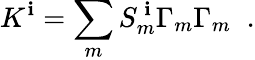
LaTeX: K^{\mathbf{i}}=\sum_{m}S_{m}^{~\mathbf{i}}\Gamma_{m}\Gamma_{m}\; \; .